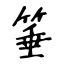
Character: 箠